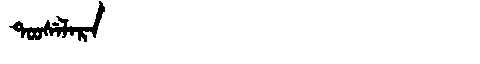
Manchu: ᡨᠣᠣᠰᡝᠯᠠᡵᠠ
Romanization: TOOSELARA